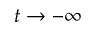
t \to - \infty